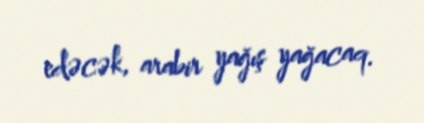
edəcək, arabir yağış yağacaq.